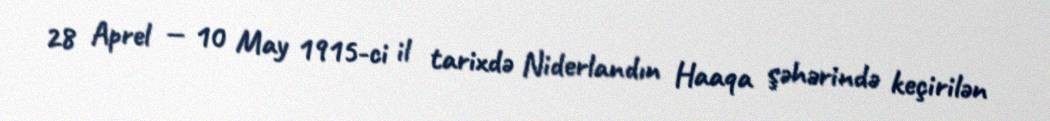
28 Aprel — 10 May 1915-ci il tarixdə Niderlandın Haaqa şəhərində keçirilən